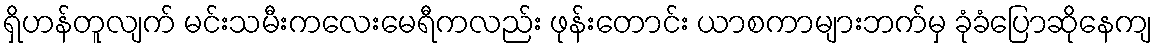
ရှိဟန်တူလျက် မင်းသမီးကလေးမေရီကလည်း ဖုန်းတောင်း ယာစကာများဘက်မှ ခုံခံပြောဆိုနေကျ